Calcutta medical institutions reports 1879-81 [i.e.91]
Year: 1879
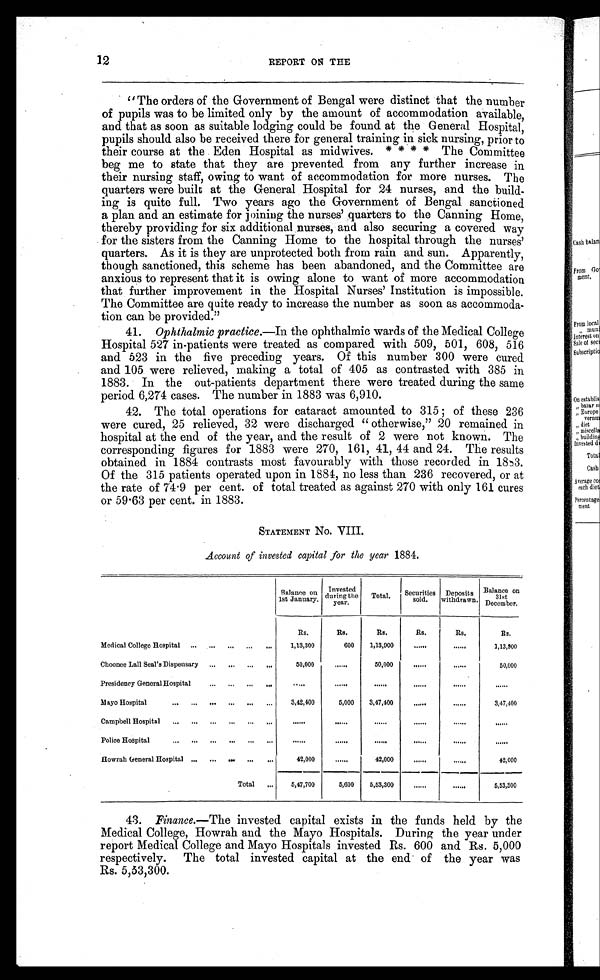
12
REPORT ON THE
"The orders of the Government of Bengal were distinct that the number
of pupils was to be limited only by the amount of accommodation available,
and that as soon as suitable lodging could be found at the General Hospital,
pupils should also be received there for general training in sick nursing, prior to
their course at the Eden Hospital as midwives. * * * * The Committee
beg me to state that they are prevented from any further increase in
their nursing staff, owing to want of accommodation for more nurses. The
quarters were built at the General Hospital for 24 nurses, and the build-
ing is quite full. Two years ago the Government of Bengal sanctioned
a plan and an estimate for joining the nurses' quarters to the Canning Home,
thereby providing for six additional nurses, and also securing a covered way
for the sisters from the Canning Home to the hospital through the nurses'
quarters. As it is they are unprotected both from rain and sun. Apparently,
though sanctioned, this scheme has been abandoned, and the Committee are
anxious to represent that it is owing alone to want of more accommodation
that further improvement in the Hospital Nurses’ Institution is impossible.
The Committee are quite ready to increase the number as soon as accommoda-
tion can be provided.”
41. Ophthalmic practice.—In the ophthalmic wards of the Medical College
Hospital 527 in-patients were treated as compared with 509, 501, 608, 516
and 523 in the five preceding years. Of this number 300 were cured
and 105 were relieved, making a total of 405 as contrasted with 385 in
1883. In the out-patients department there were treated during the same
period 6,274 cases. The number in 1883 was 6,910.
42. The total operations for cataract amounted to 315; of these 236
were cured, 25 relieved, 32 were discharged ‘‘ otherwise,” 20 remained in
hospital at the end of the year, and the result of 2 were not known. The
corresponding figures for 1883 were 270, 161, 41, 44 and 24. The results
obtained in 1884 contrasts most favourably with those recorded in 1883.
Of the 315 patients operated upon in 1884, no less than 236 recovered, or at
the rate of 74 . 9 per cent. of total treated as against 270 with only 161 cures
or 59 . 63 per cent. in 1883.
STATEMENT No. VIII.
Account of invested capital for the year 1884.
Balance on
1st January.
Invested
during . the
year
Total.
Securities
sold.
Deposits
withdrawn.
Balance on
31st
December.
Rs.
Rs.
Rs.
Rs.
Its.
Rs.
Medical College Hospital ... ... ... ...
1,13,300
600
1,13,900
1,13,900
Choonee Lall Seal's Dispensary ... ... ...
50,000
......
50,000
50,000
Presidency General Hospital ... ... ... ...
.....
m ayo Hospital
3,42,400
5,000
3,47,400
......
3,47,400
Campbell Hospital ... ... ... ... ... ...
Police Hospital ... ... ... ... ... ...
Howrah General Hospital ... ... .... ... ...
42,000
......
42,000
42,000
Total ...
5,47,700
5,600
5,53,300
5,53,300
43. Finance.—The invested capital exists in the funds held by the
Medical College, Howrah and the Mayo Hospitals. During the year under
report Medical College and Mayo Hospitals invested Rs. 600 and Rs. 5,000
respectively. The total invested capital at the end of the year was
Rs. 5,33,300.